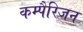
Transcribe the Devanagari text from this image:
कम्पैरिजन